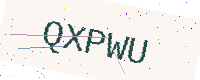
Text: QXPWU